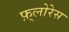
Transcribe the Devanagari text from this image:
फ़्लोरेस